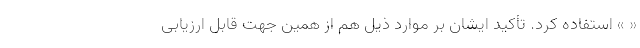
« » استفاده کرد. تأکید ایشان بر موارد ذیل هم از همین جهت قابل ارزیابی